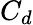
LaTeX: C_{d}